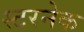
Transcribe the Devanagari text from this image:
स्टरनेक